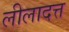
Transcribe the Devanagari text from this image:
लीलादत्त